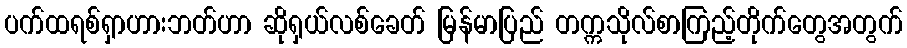
ပက်ထရစ်ရှာဟားဘတ်ဟာ ဆိုရှယ်လစ်ခေတ် မြန်မာပြည် တက္ကသိုလ်စာကြည့်တိုက်တွေအတွက်